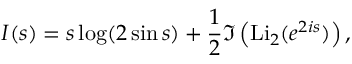
I ( s ) = s \log ( 2 \sin s ) + \frac { 1 } { 2 } \Im \left( \mathrm { L i } _ { 2 } ( e ^ { 2 i s } ) \right) ,